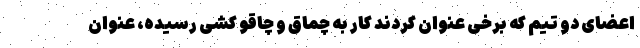
اعضای دو تیم که برخی عنوان کردند کار به چماق و چاقو کشی رسیده، عنوان